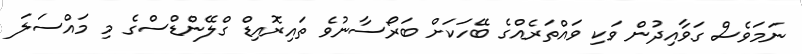
ނަމަވެސް ގަވާއިދުން ވަކި ވައްތަރެއްގެ ބޭހަކަށް ބަރޯސާނުވެ ތައިރޮއިޑް ގްލޭންޑްސްގެ މި މައްސަލަ